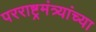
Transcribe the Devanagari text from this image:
परराष्ट्रमंत्र्यांच्या